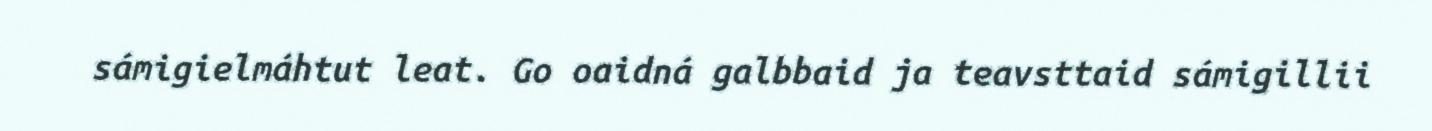
sámigielmáhtut leat. Go oaidná galbbaid ja teavsttaid sámigillii